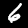
Label: 6